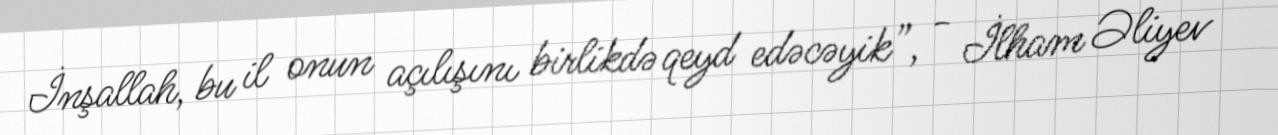
İnşallah, bu il onun açılışını birlikdə qeyd edəcəyik”, - İlham Əliyev